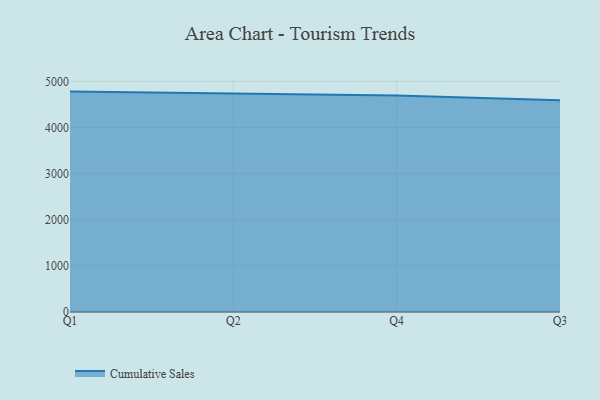
{"axis": {"x": "Quarter", "y": "Latency (ms)"}, "legend": ["Cumulative Sales"], "data": [{"x": "Q1", "y": 4777.9, "type": "Cumulative Sales"}, {"x": "Q2", "y": 4743.1, "type": "Cumulative Sales"}, {"x": "Q4", "y": 4691.8, "type": "Cumulative Sales"}, {"x": "Q3", "y": 4588.5, "type": "Cumulative Sales"}]}